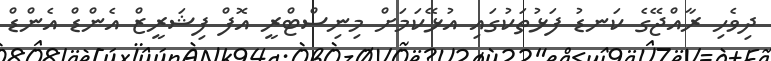
ދިވެހި ރާއްޖޭގެ ކަނޑު ފަޅުތަކުގައި އުޅޭކަމަށް މިނިސްޓްރީ އޮފް ފިޝަރީޒް އެންޑް އެންޑް